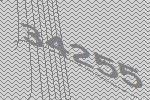
34255